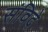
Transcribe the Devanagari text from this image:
संविदे